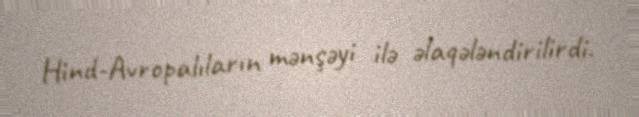
Hind-Avropalıların mənşəyi ilə əlaqələndirilirdi.